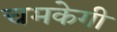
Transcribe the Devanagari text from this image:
चमकेगी